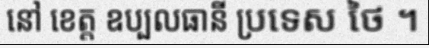
នៅ ខេត្ត ឧប្បលធានី ប្រទេស ថៃ ។